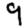
Digit: 9